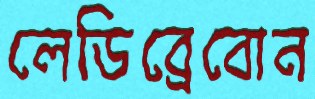
লেডিব্রেবোন